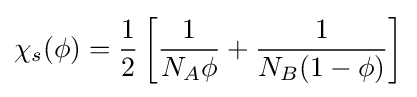
\chi _{s}(\phi )={\frac {1}{2}}\left[{\frac {1}{N_{A}\phi }}+{\frac {1}{N_{B}(1-\phi )}}\right]